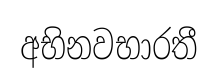
අභිනවභාරතී